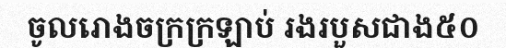
ចូលរោងចក្រក្រឡាប់ រងរបួសជាង៥០